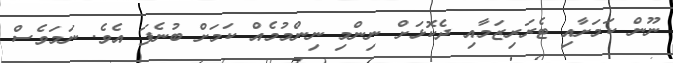
ނޫން ކަމަށާއި ޓެރަރިޒަމާއި ދެކޮޅަށް ނިންމި ނިންމުމެއް ކަމަށް ބުނެފަ އެވެ. ނަމަވެސް